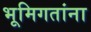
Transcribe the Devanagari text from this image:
भूमिगतांना